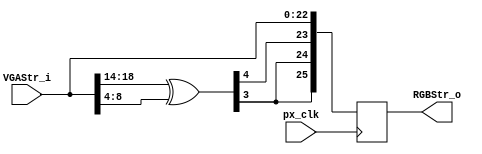
//////////////////////////////////////////////////////////////////////////////////
// Company: University of Alicante
// 
// Project:    	   iPxs - Icestudio Pixel Stream
// Module Name:    PxsXorPattern
// Description:    Add pixel color (VGA Pattern) to a VGA Stream
//
// Dependencies: 
//
// Revision: 
// Revision 0.01 - File Created 
// 
//
// Additional Comments: based on PixelStream lib from Celoxica Ltd.
//
//	Video Stream notation 
//	- VGA: type of video 640x480 progresive
//  - S: Sync signals HSync, VSync
//	- C: Coordinates XCoord, YCoord	
//	- A: ActiveVideo 
//	- P: Pixel type RGB(1:1:1)/ Gray(3b)	
//////////////////////////////////////////////////////////////////////////////////
module PxsXorPattern (
            input wire       px_clk,            // pixel clock
			input wire [22:0] VGAStr_i,	// Input stream (without RGB)
			output reg [25:0] RGBStr_o	// Output stream
         );

// alias 
`define ActiveVideo 0:0
`define VSync 1:1
`define HSync 2:2
`define YCoord 12:3
`define XCoord 22:13
`define B 23:23
`define G 24:24
`define R 25:25


wire [9:0] comp;

assign comp = VGAStr_i[22:14] ^ VGAStr_i[12:4];

always @(posedge px_clk)
begin
	RGBStr_o[`R] <= comp[3]; //0'b1;//comp[2];
    RGBStr_o[`G] <= comp[3];  // 1'b0;//comp[4];   
    RGBStr_o[`B] <= comp[4];  //comp[0]; //0'b1;// 
    RGBStr_o[`HSync] <= VGAStr_i[`HSync];
    RGBStr_o[`VSync] <= VGAStr_i[`VSync];
	RGBStr_o[`XCoord] <= VGAStr_i[`XCoord];
    RGBStr_o[`YCoord] <= VGAStr_i[`YCoord];
	RGBStr_o[`ActiveVideo] <= VGAStr_i[`ActiveVideo];
end

endmodule